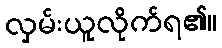
လှမ်းယူလိုက်ရ၏။